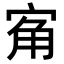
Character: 𭓲